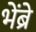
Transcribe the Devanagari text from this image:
भेंब्रे